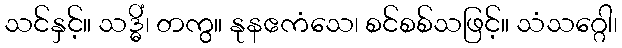
သင်နှင့်။ သဒ္ဓိံ၊ တကွ။ နုနဧကံသေ၊ စင်စစ်သဖြင့်။ သံသဂ္ဂေါ၊